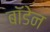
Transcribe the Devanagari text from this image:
बाॅडेन